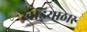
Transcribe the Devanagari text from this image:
खड़ियाठार